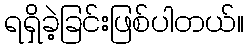
ရရှိခဲ့ခြင်းဖြစ်ပါတယ်။